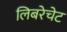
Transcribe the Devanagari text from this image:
लिबरेचेट